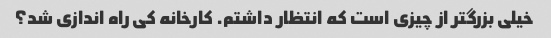
خیلی بزرگتر از چیزی است که انتظار داشتم. کارخانه کی راه اندازی شد؟